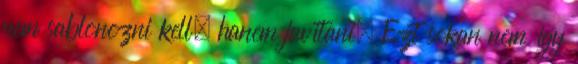
nem sablonozni kell, hanem javítani. Ezt sokan nem így